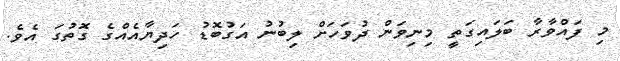
މި ފައްވާރާ ބަލައިގަތީ މިނިވަން ދުވަހަށް ލިބުނު އަގުބޮޑު ހަދިޔާއެއްގެ ގޮތުގަ އެވެ.